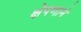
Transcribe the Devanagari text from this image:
क्षेपणाने